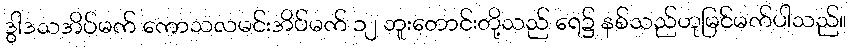
ဒွါဒသအိပ်မက် ကောသလမင်းအိပ်မက် ၁၂ ဘူးတောင်းတို့သည် ရေ၌ နစ်သည်ဟုမြင်မက်ပါသည်။